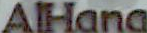
AlHana